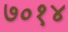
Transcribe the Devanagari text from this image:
७०१४